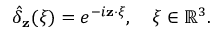
\hat { \delta } _ { \mathbf { z } } ( \boldsymbol { \xi } ) = e ^ { - i \mathbf { z } \cdot \boldsymbol { \xi } } , \quad \boldsymbol { \xi } \in \mathbb { R } ^ { 3 } .